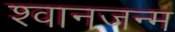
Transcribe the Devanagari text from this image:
श्वानजन्म